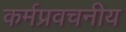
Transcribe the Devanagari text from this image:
कर्मप्रवचनीय